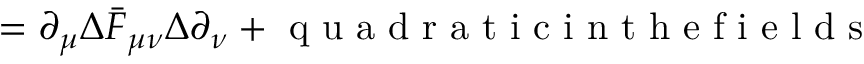
= \partial _ { \mu } \Delta \bar { F } _ { \mu \nu } \Delta \partial _ { \nu } + \textrm { q u a d r a t i c i n t h e f i e l d s }